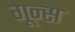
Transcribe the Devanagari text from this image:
गून्स